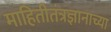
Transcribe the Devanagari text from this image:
माहितीतंत्रज्ञानाच्या